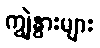
ကျွဲနွားများ